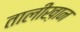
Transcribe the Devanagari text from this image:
तालीख़ान